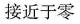
接近于零